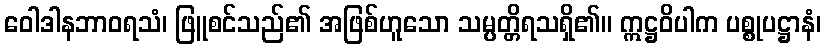
ဝေါဒါနဘာဝရသံ၊ ဖြူစင်သည်၏ အဖြစ်ဟူသော သမ္ပတ္တိရသရှိ၏။ ဣဋ္ဌဝိပါက ပစ္စုပဋ္ဌာနံ၊